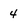
Character: 4